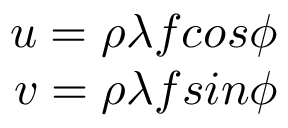
\begin{array} { r } { u = \rho \lambda f c o s \phi } \\ { v = \rho \lambda f s i n \phi } \end{array}